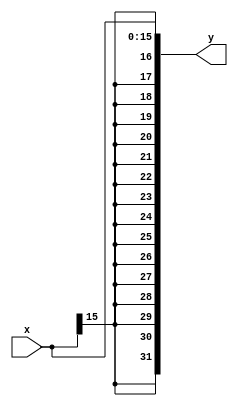
`timescale 1ns / 1ps

module SignExt(
	input [15:0]x,
	output [31:0]y
);

assign y = { { 16{x[15]} }, x };

endmodule